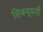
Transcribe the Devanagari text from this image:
सिंक्यूमनी